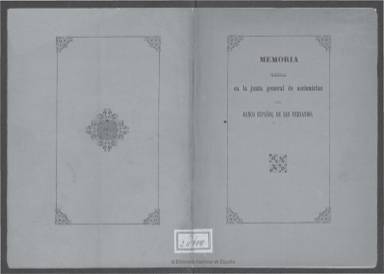
Título: Memoria leída en la Junta General de Accionistas del Banco Español de San Fernando ...
Otros títulos: Memoria leída en la Junta General de Accionistas del Banco Español de S. Fernando || Memoria - Junta General de Accionistas del Banco Español de San Fernando
Colección: Economía || Anuarios e informes
Ámbito geográfico: Madrid
Lugar de publicación: Madrid
Fechas: 01/01/1853-31/12/1856

En la colección de la Biblioteca Nacional de España se encuentran las leídas el 6 de marzo de 1853 y el 9 de marzo de 1856, en sendas entregas impresas en estos citados años. En la primera, firmada el 31 de diciembre de 1852, da cuenta de sus operaciones, recursos, créditos, depósitos y beneficios, haciendo mención a la normativa legal que le afectaba, seguida del cuadro de su balance, con el activo y pasivo, en un opúsculo que no alcanza la veintena de páginas. En la segunda, firmada el 31 de enero de 1856, ofrece una reseña histórica de las instituciones financieras españolas precedentes, desde el Banco Nacional de San Carlos, creado en 1782; al que le sustituye este Banco Español de San Fernando, creado en 1829, al que se le fusiona en 1847 el Banco de Isabel II, que había sido creado en 1844 como entidad privada. Da cuenta del cambio de nombre del Banco Español de San Fernando, cuyos dos tercios de accionistas habían sido privados, como Banco de España, precisamente ese mismo año 1856, y todo ello en 41 páginas foliadas, en las que informa del proceso normativo vinculante, su situación financiera y su estructura organizativa. Al final ofrece también el cuadro de su balance al el 31 de diciembre de 1855. Ambas memorias van firmadas por su gobernador, Ramón de Santillán (1791-1863), que había sido el artífice de la fusión bancaria antes citada, y al que le sucederá el marqués de Salamanca como gobernador del Banco de España.